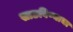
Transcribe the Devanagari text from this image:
साडविण्याचा